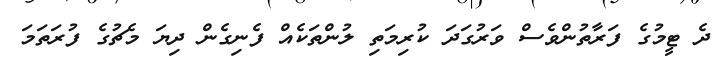
ދެ ޓީމުގެ ފަރާތުންވެސް ވަރުގަދަ ކުރިމަތި ލުންތަކެއް ފެނިގެން ދިޔަ މެޗުގެ ފުރަތަމަ